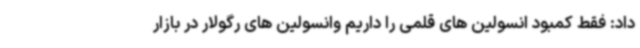
داد: فقط کمبود انسولین های قلمی را داریم وانسولین های رگولار در بازار